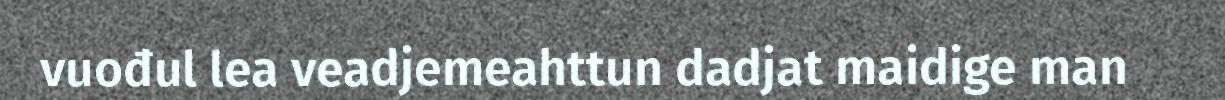
vuođul lea veadjemeahttun dadjat maidige man